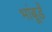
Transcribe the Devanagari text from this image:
भांबूर्डे